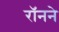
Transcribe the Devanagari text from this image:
रॉनने